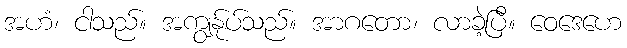
အဟံ၊ ငါသည်။ အကျွန်ုပ်သည်။ အာဂတော၊ လာခဲ့ပြီ။ ဝေဒေဟေ